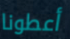
أعطونا